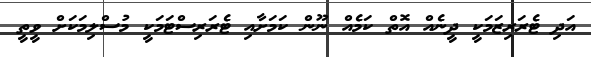
އަދި ޓެރަރިޒަމަކީ ދީނެއް އޮތް ކަމެއް ނޫން ކަމަށާއި ޓެރަރިސްޓަމަކީ މުސްލިމަކަށް ވީތީ